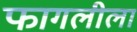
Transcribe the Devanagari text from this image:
फागलीला